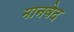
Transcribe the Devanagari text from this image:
मानवेद